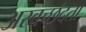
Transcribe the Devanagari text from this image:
अस्वच्छंदता